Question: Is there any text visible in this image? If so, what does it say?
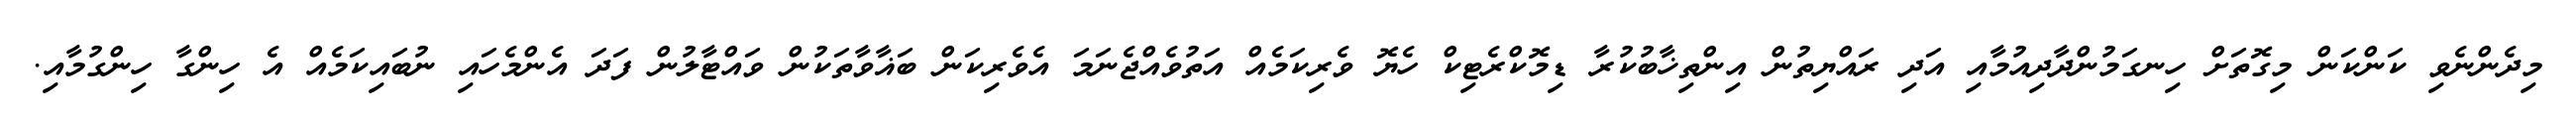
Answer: މިދެންނެވި ކަންކަން މިގޮތަށް ހިނގަމުންދާދިއުމާއި އަދި ރައްޔިތުން އިންތިޚާބުކުރާ ޑިމޮކްރެޓިކް ހެޔޮ ވެރިކަމެއް އަތުވެއްޖެނަމަ އެވެރިކަން ބަޣާވާތަކުން ވައްޓާލުން ފަދަ އެންމެހައި ނުބައިކަމެއް އެ ހިންގާ ހިންގުމާއި.